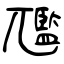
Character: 尶